Vaccination North-Western Provinces and Oudh 1896-1901 - 1896-1901
Year: 1896
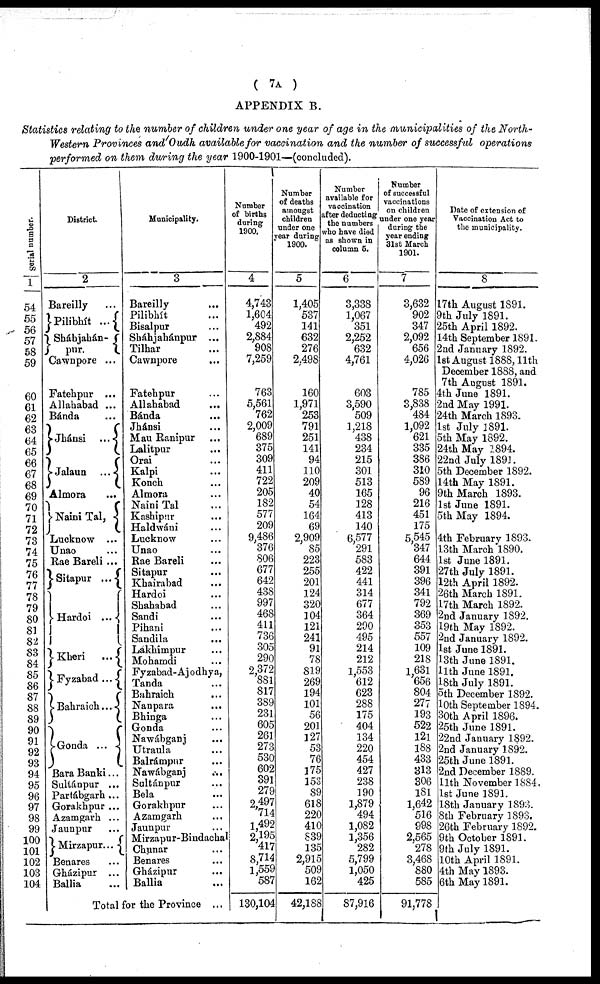
( 7A )
APPENDIX B.
Statistics relating to the number of children under one year of age in the municipalities of the North¬
Western Provinces and Oudh available for vaccination and the number of successful operations
performed on them during the year 1900-1901—(concluded).
Serial number.
1
54
55
56
57
58
59
60
61
62
63
64
65
66
67
68
69
70
71
72
73
74
75
76
77
78
79
80
81
82
83
84
85
86
87
88
89
90
91
92
93
94
95
96
97
98
99
100
101
102
103
104
District.
2
Bareilly ...
Pilibhít ...
Sháhjahán¬
pur.
Cawnpore ...
Fatehpur ...
Allahabad ...
Bánda
Jhánsi
...
Jalaun
...
Almora ...
Naini Tal,
Lucknow ...
Unao ...
Rae Bareli ...
Sitapur ...
Hardoi ...
Kheri ...
Fyzabad ...
Bahraich ...
Gonda ...
Bara Banki...
Sultánpur ...
Partábgarh ...
Gorakhpur ...
Azamgarh ...
Jaunpur ...
Mirzapur ...
Benares ...
Gházipur ...
Ballia ...
Municipality.
3
Bareilly ...
Pilibhít ...
Bisalpur ...
Sháhjahánpur ...
Tilhar ...
Cawnpore ...
Fatehpur ...
Allahabad
...
Bánda ...
Jhánsi ...
Mau Ranipur ...
Lalitpur ...
Orai ...
Kalpi ...
Konch ...
Almora ...
Naini Tal ...
Kashipur ...
Haldwáni ...
Lucknow ...
Unao ...
Rae Bareli ...
Sitapur ...
Khairabad ...
Hardoi ...
Shahabad ...
Sandi ...
Pihani ...
Sandila ...
Lakhimpur ...
Mohamdi ...
Fyzabad-Ajodhya,
Tanda ...
Bahraich ...
Nanpara ...
Bhinga ...
Gonda ...
Nawábganj ...
Utraula ...
Balrámpur ...
Nawábganj ...
Sultánpur ...
Bela ...
Gorakhpur ...
Azamgarh ...
Jaunpur ...
Mirzapur-Bindachal
Chunar ...
Benares ...
Gházipur ...
Ballia ...
Total for the Province ...
Number
of births
during
1900.
4
4,743
1,604
492
2,884
908
7,259
763
5,561
762
2,009
689
375
309
411
722
205
182
577
209
9,486
376
806
677
642
438
997
468
411
736
305
290
2,372
881
817
389
231
605
261
273
530
602
391
279
2,497
714
1,492
2,195 417
8,714
1,559
587
130,104
Number
of deaths
amongst
children
under one
year during
1900.
5
1,405
537
141
632
276
2,498
160
1,971
253
791
251
141
94
110
209
40
54
164
69
2,909
85
223
255
201
124
320
104
121
241
91
78
819
269
194
101
56
201
127
53
76
175
153
89
618
220
410
839
135
2,915
509
162
42,188
Number
available for
vaccination
after deducting
the numbers
who have died
as shown in
column 5.
6
3,338
1,067
351
2,252
632
4,761
603
3,590
509
1,218
438
234
215
301
513
165
128
413
140
6,577
291
583
422
441
314
677
364
290
495
214
212
1,553
612
623
288
175
404
134
220
454
427
238
190
1,879
494
1,082
1,356
282
5,799
1,050
425
87,916
Number
of successful
vaccinations
on children
under one year
during the
year ending
31st March
1901.
7
3,632
902
347
2,092
656
4,026
785
3,838
484
1,092
621
335
386
310
589
96
216
451
175
5,545
347
644
391
396
341
792
369
353
557
109
218
1,631
656
804
277
193
522
121
188
433
313
306
181
1,642
516
998
2,565
278
3,468
880
585
91,778
Date of extension of
Vaccination Act to
the municipality.
8
17th August 1891.
9th July 1891.
25th April 1892.
14th September 1891.
2nd January 1892.
1st August 1888,11th
December 1888, and
7th August 1891.
4th June 1891.
2nd May 1991.
24th March 1893.
1st July 1891.
5th May 1892.
24th May 1894.
22nd July 1891.
5th December 1892.
14th May 1891.
9th March 1893.
1st June 1891.
5th May 1894.
4th February 1893.
13th March 1890.
1st June 1891.
27th July 1891.
12th April 1892.
26th March 1891.
17th March 1892.
2nd January 1892.
19th May 1892.
2nd January 1892.
1st June 1891.
13th June 1891.
11th June 1891.
18th July 1891.
5th December 1892.
10th September 1894.
30th April 1896.
25th June 1891.
22nd January 1892.
2nd January 1892.
25th June 1891.
2nd December 1889.
11th November 1884.
1st June 1891.
18th January 1893.
8th February 1893.
26th February 1892.
9th October 1891.
9th July 1891.
10th April 1891.
4th May 1893.
6th May 1891.